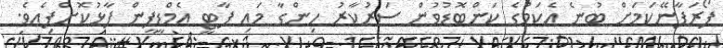
ފޯރަފާނޭކަމަށް ބުނެ އެކަމުގެ ކަންބޮޑުވުން ސަރުކާރު ހިންގާ މައި ޕާޓީ އެމްޑީޕީން ފާޅުކޮށްފިއެވެ.